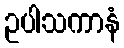
ဥပါသကာနံ